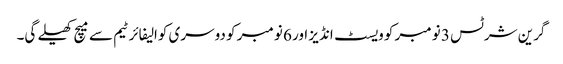
گرین شرٹس 3 نومبر کو ویسٹ انڈیز اور 6 نومبر کو دوسری کوالیفائر ٹیم سے میچ کھیلے گی۔